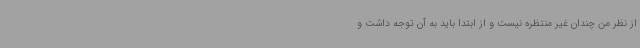
از نظر من چندان غیر منتظره نیست و از ابتدا باید به آن توجه داشت و